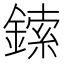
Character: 鎍